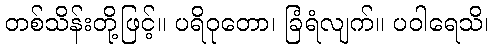
တစ်သိန်းတို့ဖြင့်။ ပရိဝုတော၊ ခြံရံလျက်။ ပဝါရေသိ၊